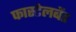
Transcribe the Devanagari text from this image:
फास्टेलबेंड